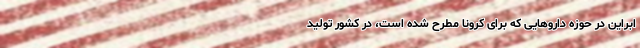
ابراین در حوزه داروهایی که برای کرونا مطرح شده است، در کشور تولید